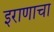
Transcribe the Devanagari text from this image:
इराणाचा